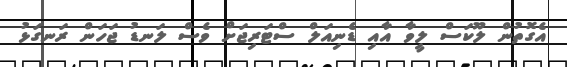
އެގޮތުން ލޫކަސް ލީވާ އާއި ޑެނިއަލް ސްޓަރިޖަށް ވެސް ލަނޑު ޖަހަން ރަނގަޅު